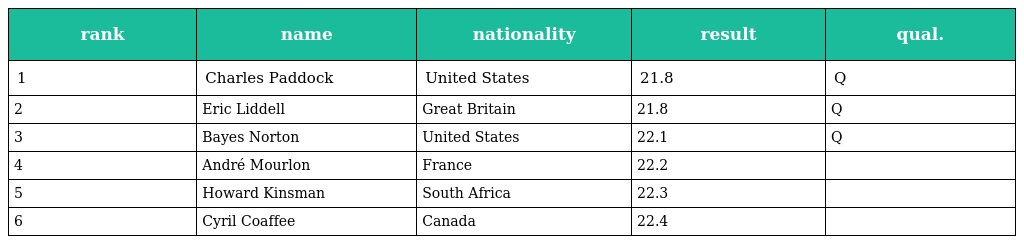
| rank | name | nationality | result | qual. |
 | --- | --- | --- | --- | --- |
 | 1 | Charles Paddock | United States | 21.8 | Q |
 | 2 | Eric Liddell | Great Britain | 21.8 | Q |
 | 3 | Bayes Norton | United States | 22.1 | Q |
 | 4 | André Mourlon | France | 22.2 |  |
 | 5 | Howard Kinsman | South Africa | 22.3 |  |
 | 6 | Cyril Coaffee | Canada | 22.4 |  |